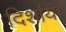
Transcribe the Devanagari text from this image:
दिर्शाया